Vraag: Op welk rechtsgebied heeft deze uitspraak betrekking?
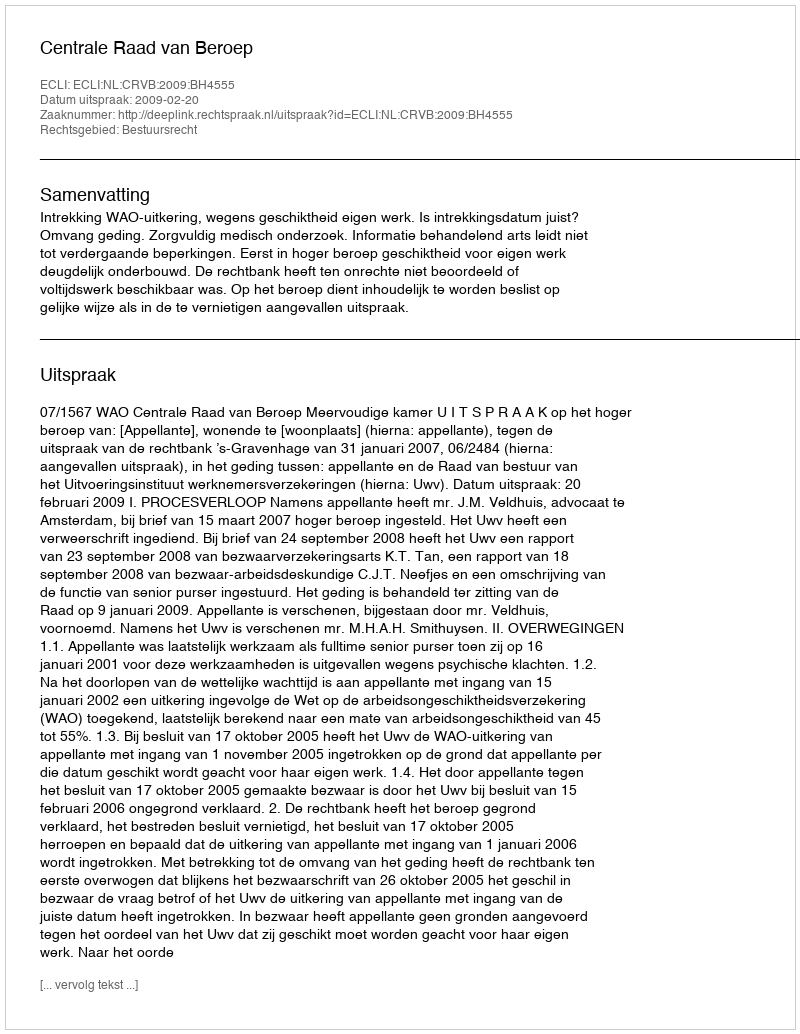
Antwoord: Bestuursrecht